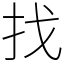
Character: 找